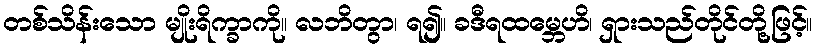
တစ်သိန်းသော မျိုးရိက္ခာကို။ လဘိတွာ၊ ရ၍။ ခဒီရထမ္ဘေဟိ၊ ရှားသည်တိုင်တို့ဖြင့်။